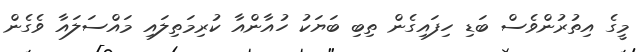
މީގެ އިތުރުންވެސް ބަޑި ހިފައިގެން ތިބި ބަޔަކު ހުއާންއާ ކުރިމަތިލައި މައްސަލައާ ވެގެން